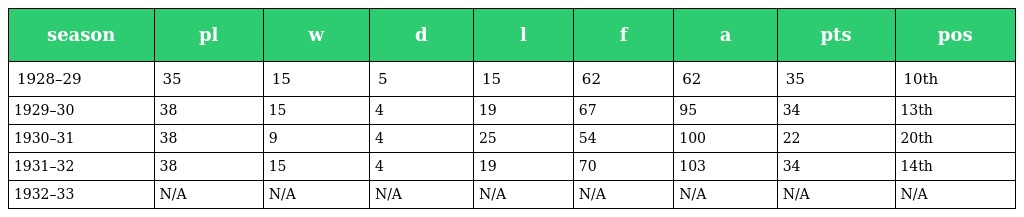
| season | pl | w | d | l | f | a | pts | pos |
 | --- | --- | --- | --- | --- | --- | --- | --- | --- |
 | 1928–29 | 35 | 15 | 5 | 15 | 62 | 62 | 35 | 10th |
 | 1929–30 | 38 | 15 | 4 | 19 | 67 | 95 | 34 | 13th |
 | 1930–31 | 38 | 9 | 4 | 25 | 54 | 100 | 22 | 20th |
 | 1931–32 | 38 | 15 | 4 | 19 | 70 | 103 | 34 | 14th |
 | 1932–33 | N/A | N/A | N/A | N/A | N/A | N/A | N/A | N/A |